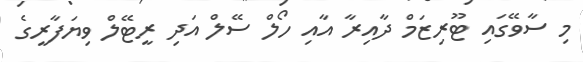
މި ސާވޭގައި ޓޫރިޒަމް ދާއިރާ އާއި ހޯލް ސޭލް އަދި ރީޓޭލް ވިޔަފާރީގެ